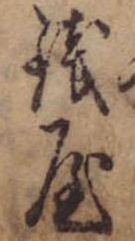
銭屋